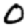
Digit: 0